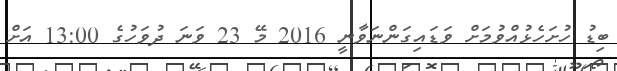
ބިޑު ހުށަހެޅުއްވުމަށް ވަޑައިގަންނަވާނީ 2016 މޭ 23 ވަނަ ދުވަހުގެ 13:00 އަށް